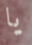
يا